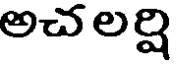
అచ లర్షి